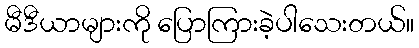
မီဒီယာများကို ပြောကြားခဲ့ပါသေးတယ်။